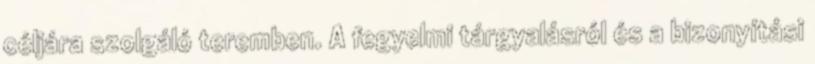
céljára szolgáló teremben. A fegyelmi tárgyalásról és a bizonyítási